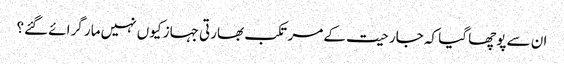
ان سے پوچھا گیا کہ جارحیت کے مرتکب بھارتی جہاز کیوں نہیں مار گرائے گئے؟